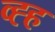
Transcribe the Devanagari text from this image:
व्ह्ह